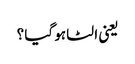
یعنی الٹا ہو گیا ؟